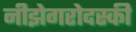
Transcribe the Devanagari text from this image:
नीझेगरोदस्की